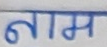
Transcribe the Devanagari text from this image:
नाम